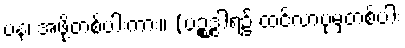
ပန၊ အဖို့တစ်ပါးကား။ (ပဉ္စဒွါရ၌ ထင်လာပုံမှတစ်ပါး